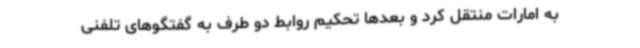
به امارات منتقل کرد و بعدها تحکیم روابط دو طرف به گفتگوهای تلفنی